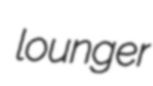
lounger